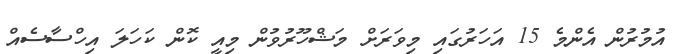
އުމުރުން އެންމެ 15 އަހަރުގައި މިވަރަށް މަޝްހޫރުވުން މިއީ ކޮން ކަހަލަ އިހްސާސެއް